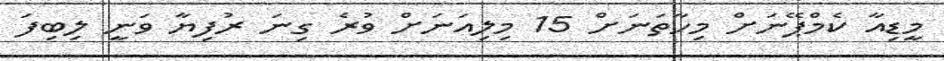
މީޑިއާ ކެމްޕޭނަށް މިހާތަނަށް 15 މިލިއަނަށް ވުރެ ގިނަ ރުފިޔާ ވަނީ ލިބިފަ